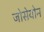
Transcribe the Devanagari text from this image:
जोसेयोन